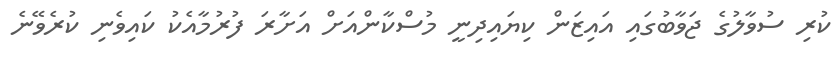
ކުރި ސުވާލުގެ ޖަވާބުގައި އައިޒަން ކިޔައިދިނީ މުސްކާންއަށް އަށާރަ ފުރުމާއެކު ކައިވެނި ކުރެވޭނެ